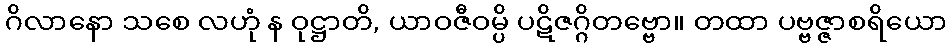
ဂိလာနော သစေ လဟုံ န ဝုဋ္ဌာတိ, ယာဝဇီဝမ္ပိ ပဋိဇဂ္ဂိတဗ္ဗော။ တထာ ပဗ္ဗဇ္ဇာစရိယော